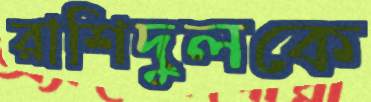
রাশিদুলকে